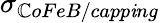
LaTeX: \sigma_{\mathbb{C}oFeB/capp\mathit{i}ng}